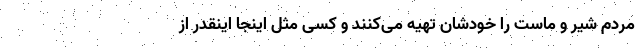
مردم شیر و ماست را خودشان تهیه می‌کنند و کسی مثل اینجا اینقدر از